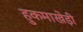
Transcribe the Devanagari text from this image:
हुकमाखेड़ी